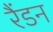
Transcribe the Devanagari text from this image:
रैंडन